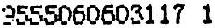
9555060603117 1